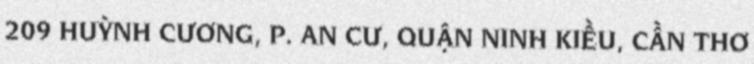
209 HUỲNH CƯƠNG, P. AN CƯ, QUẬN NINH KIỀU, CẦN THƠ